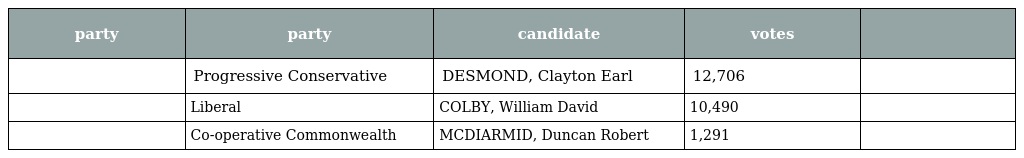
| party | party | candidate | votes |  |
 | --- | --- | --- | --- | --- |
 |  | Progressive Conservative | DESMOND, Clayton Earl | 12,706 |  |
 |  | Liberal | COLBY, William David | 10,490 |  |
 |  | Co-operative Commonwealth | MCDIARMID, Duncan Robert | 1,291 |  |